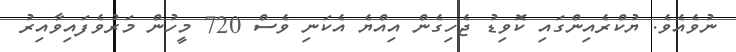
ނުވެއެވެ. ޔުކްރެއިންގައި ކޮވިޑު ޖެހިގެން އިއްޔެ އެކަނި ވެސް 720 މީހުން މަރުވެފައިވާއިރު